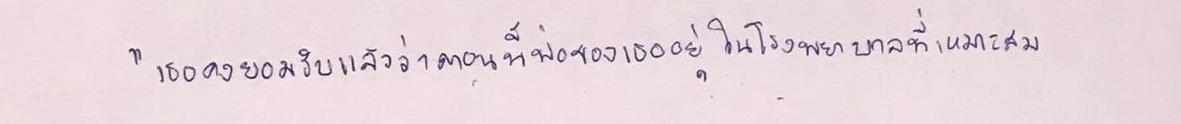
"เธอคงยอมรับแล้วว่าตอนนี้พ่อของเธออยู่ในโรงพยาบาลที่เหมาะสม